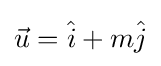
{\vec {u}}={\hat {i}}+m{\hat {j}}